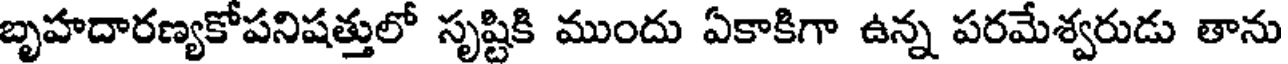
బృహదారణ్యకోపనిషత్తులో సృష్టికి ముందు ఏకాకిగా ఉన్న పరమేశ్వరుడు తాను